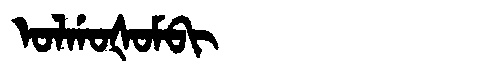
Manchu: ᠣᠯᡤᠣᡧᠣᠮᠪᡳ
Romanization: OLGOŠOMBI